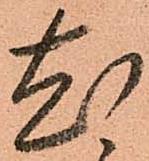
尤